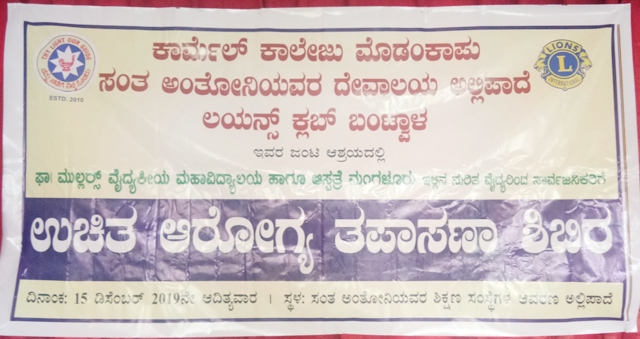
Language: kannada
Transcription: ಮೊಡಂಕಾಪು ಕಾರ್ಮೆಲ್ ಸಂತ ದೇವಾಲಯ ಲಯನ್ಸ್ ಕಾಲೇಜು ಕ್ಲಬ್ ಉಚಿತ ಆರೋಗ್ಯ ತಪಾಸಣಾ ಶಿಬಿರ ಅಂತೋನಿಯವರ